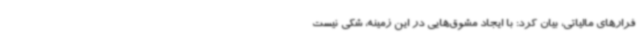
فرارهای مالیاتی، بیان کرد: با ایجاد مشوق‌هایی در این زمینه، شکی نیست